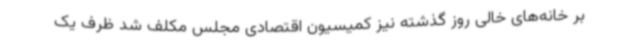
بر خانه‌های خالی روز گذشته نیز کمیسیون اقتصادی مجلس مکلف شد ظرف یک